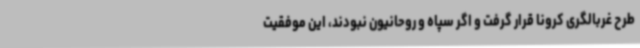
طرح غربالگری کرونا قرار گرفت و اگر سپاه و روحانیون نبودند، این موفقیت